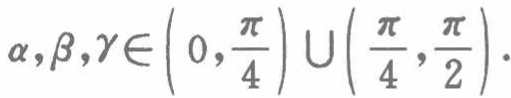
\(\alpha,\beta,\gamma\in\left( 0,\frac{\pi}{4}\right)\cup\left( \frac{\pi}{4},\frac{\pi}{2}\right)\)